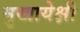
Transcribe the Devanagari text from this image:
मुखायेक्षी